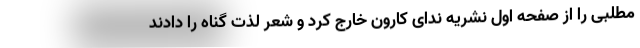
مطلبی را از صفحه اول نشریه ندای کارون خارج کرد و شعر لذت گناه را دادند